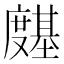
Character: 𭐊